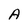
Character: A